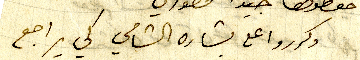
وكرروا على بشاره الشامي كي يراجع